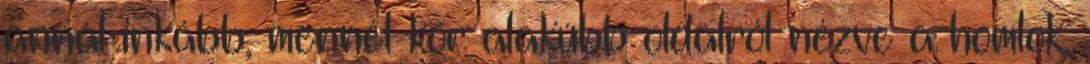
annál inkább, mennél kör alakúbb oldalról nézve a homlok.